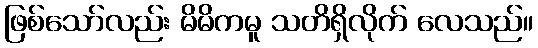
ဖြစ်သော်လည်း မိမိကမူ သတိရှိလိုက် လေသည်။